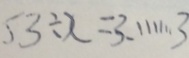
5 3 \div x = 3 . \cdots 3